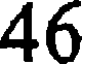
46